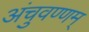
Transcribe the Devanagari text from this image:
अंचुवण्णम्